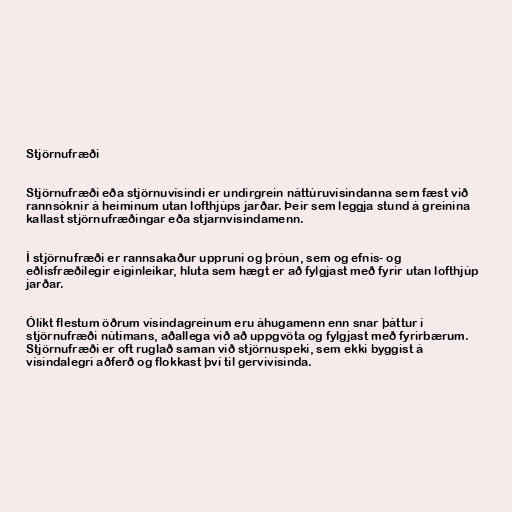
Stjörnufræði

Stjörnufræði eða stjörnuvísindi er undirgrein náttúruvísindanna sem fæst við
rannsóknir á heiminum utan lofthjúps jarðar. Þeir sem leggja stund á greinina
kallast stjörnufræðingar eða stjarnvísindamenn.

Í stjörnufræði er rannsakaður uppruni og þróun, sem og efnis- og
eðlisfræðilegir eiginleikar, hluta sem hægt er að fylgjast með fyrir utan lofthjúp
jarðar.

Ólíkt flestum öðrum vísindagreinum eru áhugamenn enn snar þáttur í
stjörnufræði nútímans, aðallega við að uppgvöta og fylgjast með fyrirbærum.
Stjörnufræði er oft ruglað saman við stjörnuspeki, sem ekki byggist á
vísindalegri aðferð og flokkast því til gervivísinda.